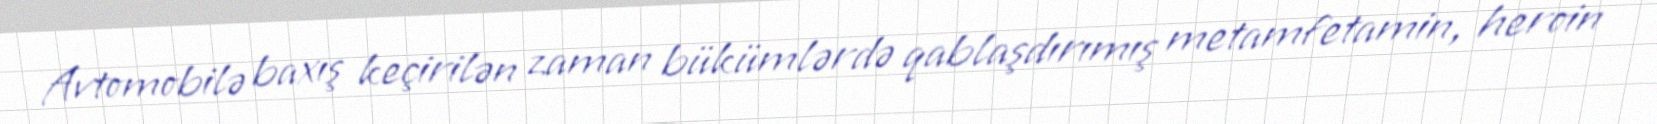
Avtomobilə baxış keçirilən zaman bükümlərdə qablaşdırımış metamfetamin, heroin